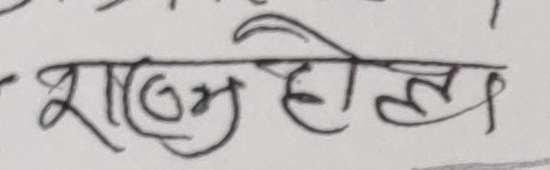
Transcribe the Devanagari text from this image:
शाङ्म होला